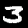
Digit: 3